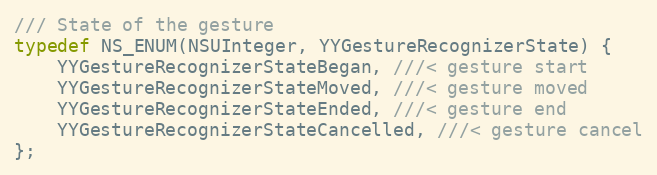
Language: C
/// State of the gesture
typedef NS_ENUM(NSUInteger, YYGestureRecognizerState) {
    YYGestureRecognizerStateBegan, ///< gesture start
    YYGestureRecognizerStateMoved, ///< gesture moved
    YYGestureRecognizerStateEnded, ///< gesture end
    YYGestureRecognizerStateCancelled, ///< gesture cancel
};